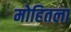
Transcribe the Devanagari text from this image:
मोहितला